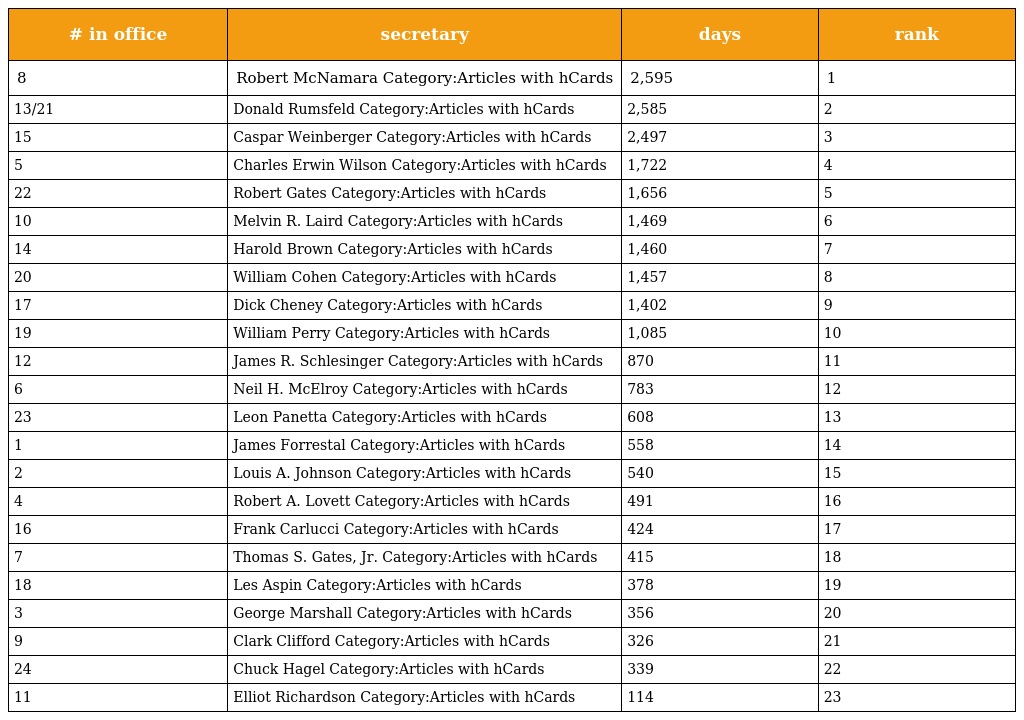
| # in office | secretary | days | rank |
 | --- | --- | --- | --- |
 | 8 | Robert McNamara Category:Articles with hCards | 2,595 | 1 |
 | 13/21 | Donald Rumsfeld Category:Articles with hCards | 2,585 | 2 |
 | 15 | Caspar Weinberger Category:Articles with hCards | 2,497 | 3 |
 | 5 | Charles Erwin Wilson Category:Articles with hCards | 1,722 | 4 |
 | 22 | Robert Gates Category:Articles with hCards | 1,656 | 5 |
 | 10 | Melvin R. Laird Category:Articles with hCards | 1,469 | 6 |
 | 14 | Harold Brown Category:Articles with hCards | 1,460 | 7 |
 | 20 | William Cohen Category:Articles with hCards | 1,457 | 8 |
 | 17 | Dick Cheney Category:Articles with hCards | 1,402 | 9 |
 | 19 | William Perry Category:Articles with hCards | 1,085 | 10 |
 | 12 | James R. Schlesinger Category:Articles with hCards | 870 | 11 |
 | 6 | Neil H. McElroy Category:Articles with hCards | 783 | 12 |
 | 23 | Leon Panetta Category:Articles with hCards | 608 | 13 |
 | 1 | James Forrestal Category:Articles with hCards | 558 | 14 |
 | 2 | Louis A. Johnson Category:Articles with hCards | 540 | 15 |
 | 4 | Robert A. Lovett Category:Articles with hCards | 491 | 16 |
 | 16 | Frank Carlucci Category:Articles with hCards | 424 | 17 |
 | 7 | Thomas S. Gates, Jr. Category:Articles with hCards | 415 | 18 |
 | 18 | Les Aspin Category:Articles with hCards | 378 | 19 |
 | 3 | George Marshall Category:Articles with hCards | 356 | 20 |
 | 9 | Clark Clifford Category:Articles with hCards | 326 | 21 |
 | 24 | Chuck Hagel Category:Articles with hCards | 339 | 22 |
 | 11 | Elliot Richardson Category:Articles with hCards | 114 | 23 |